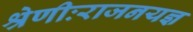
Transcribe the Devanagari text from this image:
श्रेणीःराजनयज्ञ